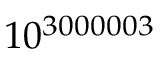
1 0 ^ { 3 0 0 0 0 0 3 }